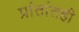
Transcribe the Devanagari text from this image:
प्रांतांतही